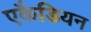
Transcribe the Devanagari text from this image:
एकैडियन